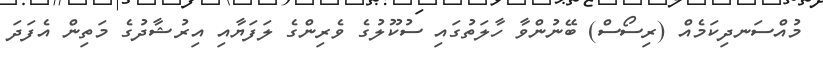
މުއްސަނދިކަމެއް (ރިސޯސް) ބޭނުންވާ ހާލަތުގައި ސުކޫލުގެ ވެރިންގެ ލަފަޔާއި އިރުޝާދުގެ މަތިން އެފަދަ